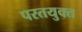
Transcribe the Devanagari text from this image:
परतयुक्त